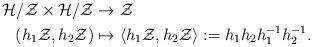
LaTeX: \begin{align*}\begin{aligned}\mathcal{H}/\mathcal{Z}\times \mathcal{H}/\mathcal{Z}&\rightarrow \mathcal{Z}\\(h_1\mathcal{Z},h_2\mathcal{Z})&\mapsto \langle h_1\mathcal{Z},h_2\mathcal{Z}\rangle:=h_{1}h_{2}h_{1}^{-1}h_{2}^{-1}.\end{aligned}\end{align*}